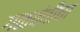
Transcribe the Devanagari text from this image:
गळवंतीचा